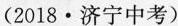
(2018 · 济宁中考)